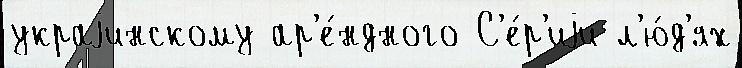
украjинскому ар'е́ндного С'е́р'иjи л'ю́д'ях